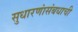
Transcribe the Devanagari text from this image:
सुधारणांसंबधाची